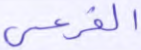
الفرعي